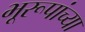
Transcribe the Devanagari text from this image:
भूरूपांच्या